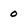
Character: 0